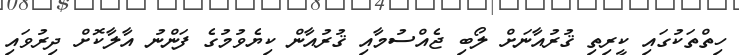
ހިތްތަކުގައި ކީރިތި ޤުރުއާނަށް ލޯބި ޖެއްސުމާއި ޤުރުއާން ކިޔެވުމުގެ ފަންނު އާލާކޮށް ދިރުވައި